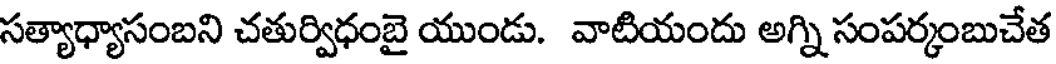
సత్యాధ్యాసంబని చతుర్విధంబై యుండు. వాటియందు అగ్ని సంపర్కంబుచేత